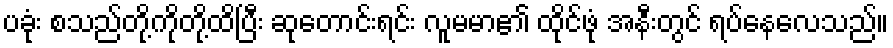
ပခုံး စသည်တို့ကိုတို့ထိပြီး ဆုတောင်းရင်း လူမမာ၏ ထိုင်ဖုံ အနီးတွင် ရပ်နေလေသည်။